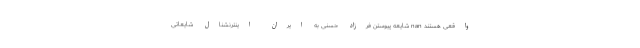
واقعی هستند nan شایعه پیوستن فرزاد حسنی به ایران اینترنشنال شایعاتی